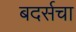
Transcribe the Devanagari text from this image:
बदर्सचा